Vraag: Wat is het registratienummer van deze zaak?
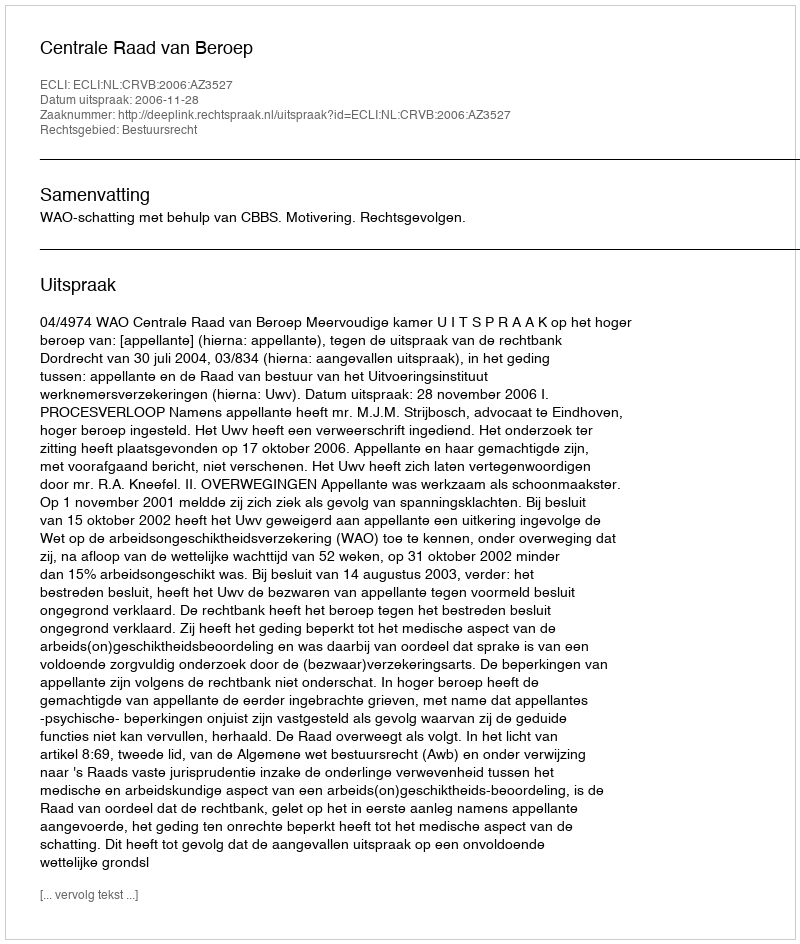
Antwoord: http://deeplink.rechtspraak.nl/uitspraak?id=ECLI:NL:CRVB:2006:AZ3527